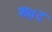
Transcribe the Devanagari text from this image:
शॿद